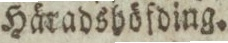
Häradshöfding.